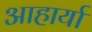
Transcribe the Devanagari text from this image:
आहार्या